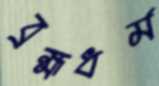
ব্রহ্মধর্ম